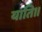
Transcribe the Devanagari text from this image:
याति।।